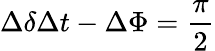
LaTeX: \Delta\delta\Delta t-\Delta\Phi=\frac{\pi}{2}